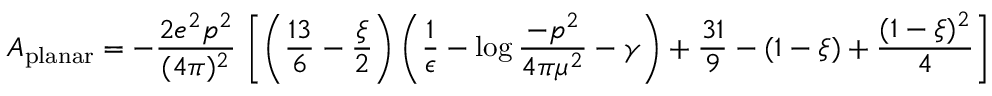
A _ { \mathrm { p l a n a r } } = - { \frac { 2 e ^ { 2 } p ^ { 2 } } { ( 4 \pi ) ^ { 2 } } } \, \left[ \left( { \frac { 1 3 } { 6 } } - { \frac { \xi } { 2 } } \right) \left( { \frac { 1 } { \epsilon } } - \log { \frac { - p ^ { 2 } } { 4 \pi \mu ^ { 2 } } } - \gamma \right) + { \frac { 3 1 } { 9 } } - ( 1 - \xi ) + { \frac { ( 1 - \xi ) ^ { 2 } } { 4 } } \right]